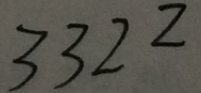
3 3 2 2